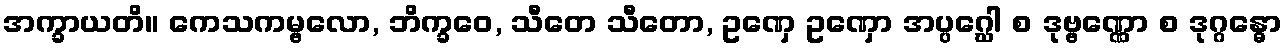
အက္ခာယတိ။ ကေသကမ္ဗလော, ဘိက္ခဝေ, သီတေ သီတော, ဥဏှေ ဥဏှော အပ္ပဂ္ဃေါ စ ဒုဗ္ဗဏ္ဏော စ ဒုဂ္ဂန္ဓော